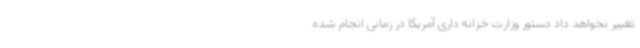
تغییر نخواهد داد دستور وزارت خزانه داری آمریکا در زمانی انجام شده